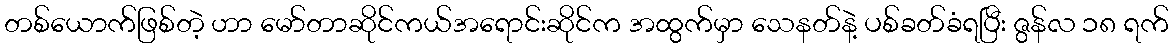
တစ်ယောက်ဖြစ်တဲ့ ဟာ မော်တာဆိုင်ကယ်အရောင်းဆိုင်က အထွက်မှာ သေနတ်နဲ့ ပစ်ခတ်ခံရပြီး ဇွန်လ ၁၈ ရက်